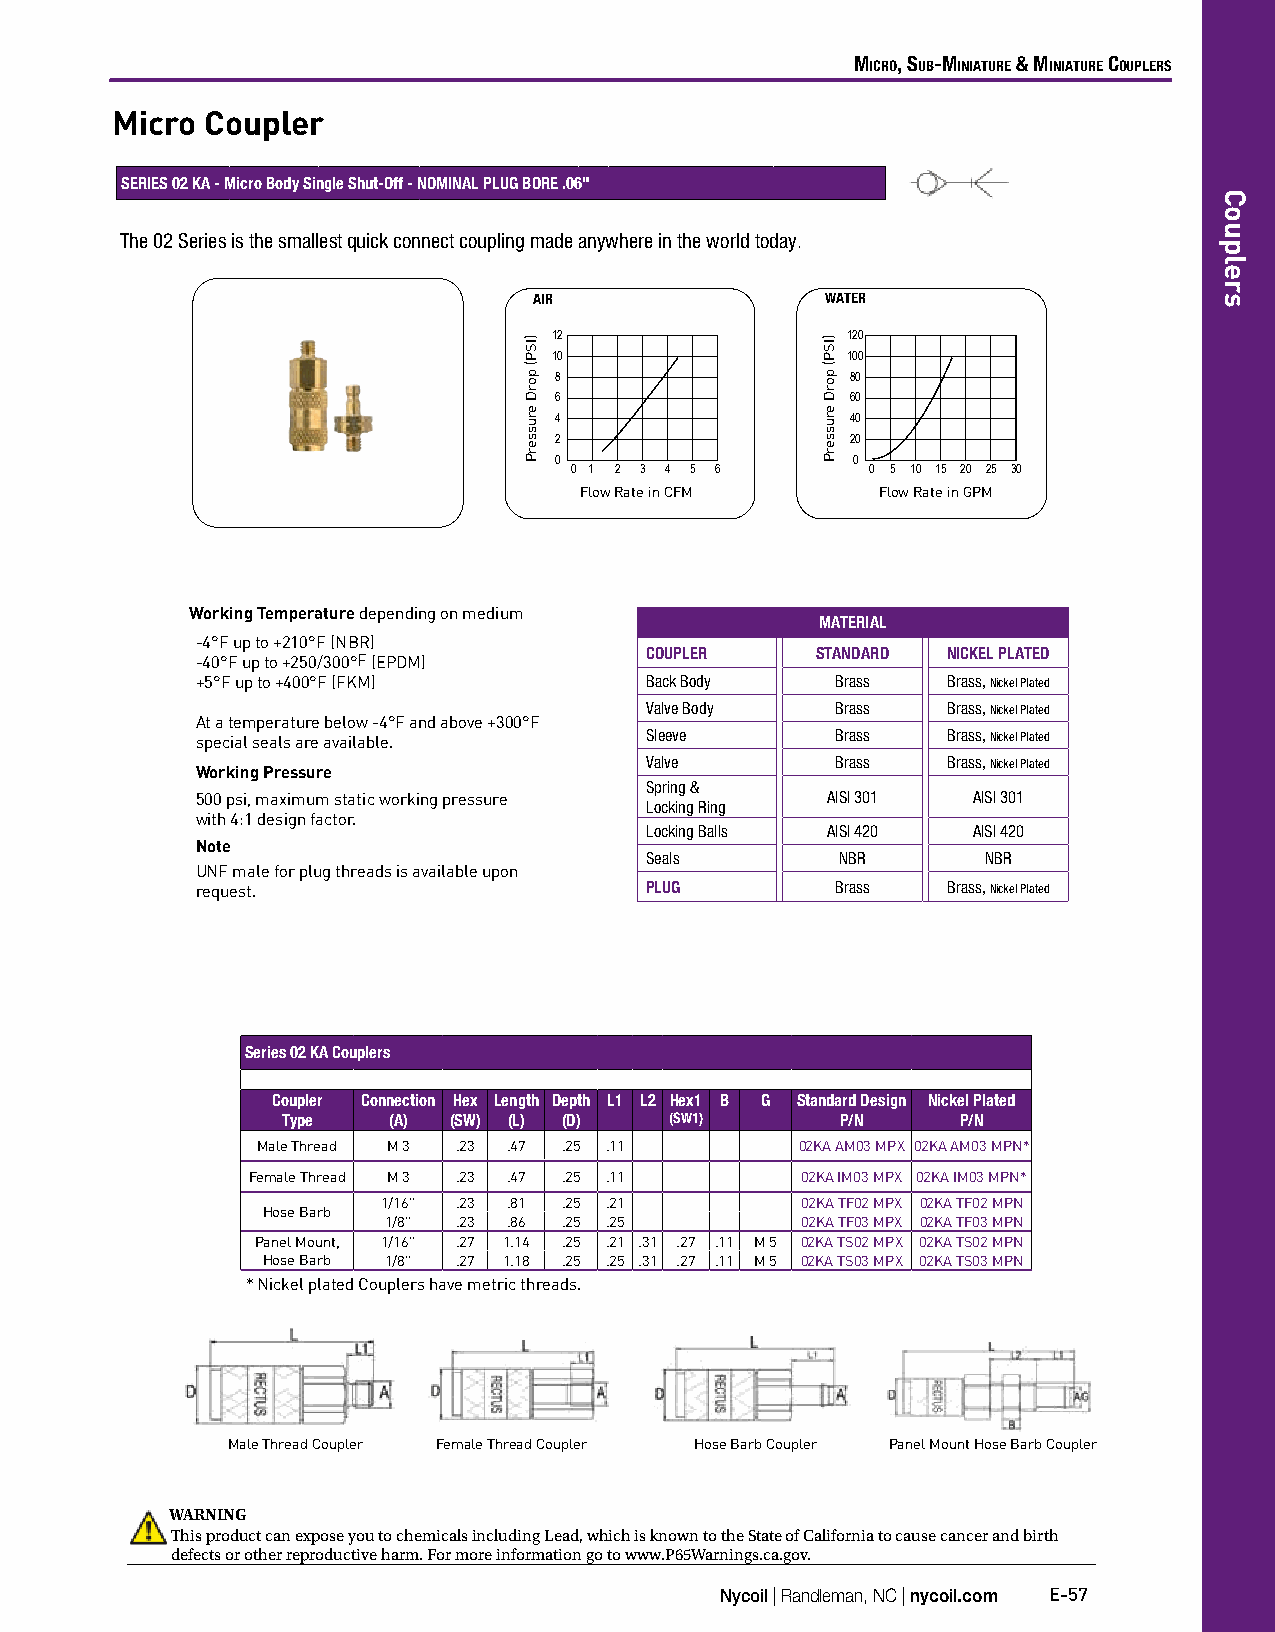
Micro, Sub-Miniature & Miniature couplerS
 Micro  Coupler
 SERIES 02 KA - Micro Body Single Shut-Off - NOMINAL PLUG BORE .06"
 The 02 Series is the smallest quick connect coupling made anywhere in the world today.
 AIR                 WATER
 12                 120
 10                 100
 8                  80
 6                  60
 4                  40
 2                  20
 0                  0
 0 1 2 3 4 5 6       0 5 10 15 20 25 30
 Flow Rate in CFM    Flow Rate in GPM
 Working Temperature depending on medium
 MATERIAL
 -4°F up to +210°F (NBR)
 COUPLER    STANDARD NICKEL PLATED
 -40°F up to +250/300°F (EPDM)
 +5°F up to +400°F (FKM)       Back Body   Brass   Brass, Nickel Plated
 Valve Body  Brass   Brass, Nickel Plated
 At a temperature below -4°F and above +300°F
 special seals are available.  Sleeve      Brass   Brass, Nickel Plated
 Valve       Brass   Brass, Nickel Plated
 Working Pressure
 Spring &
 500 psi, maximum static working pressure  AISI 301 AISI 301
 Locking Ring
 with 4:1 design factor.
 Locking Balls AISI 420 AISI 420
 Note
 Seals        NBR      NBR
 UNF male for plug threads is available upon
 request.                      PLUG        Brass   Brass, Nickel Plated
 Series 02 KA Couplers
 Coupler Connection Hex Length Depth L1 L2 Hex1 B G Standard Design Nickel Plated
 Type   (A) (SW) (L) (D)  (SW1)       P/N     P/N
 Male Thread M 3 .23 .47 .25 .11     02KA AM03 MPX 02KA AM03 MPN*
 Female Thread M 3 .23 .47 .25 .11    02KA IM03 MPX 02KA IM03 MPN*
 1/16" .23 .81 .25 .21       02KA TF02 MPX 02KA TF02 MPN
 Hose Barb
 1/8" .23 .86 .25 .25        02KA TF03 MPX 02KA TF03 MPN
 Panel Mount, 1/16" .27 1.14 .25 .21 .31 .27 .11 M 5 02KA TS02 MPX 02KA TS02 MPN
 Hose Barb 1/8" .27 1.18 .25 .25 .31 .27 .11 M 5 02KA TS03 MPX 02KA TS03 MPN
 * Nickel plated Couplers have metric threads.
 Male Thread Coupler Female Thread Coupler Hose Barb Coupler Panel Mount Hose Barb Coupler
 WARNING
 This product can expose you to chemicals including Lead, which is known to the State of California to cause cancer and birth
 defects or other reproductive harm. For more information go to www.P65Warnings.ca.gov.
 Nycoil | Randleman, NC | nycoil.com E-57
 )ISP(
 porD
 erusserP
 )ISP(
 porD
 erusserP
 Couplers